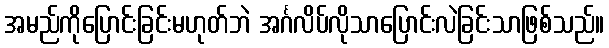
အမည်ကိုပြောင်းခြင်းမဟုတ်ဘဲ အင်္ဂလိပ်လိုသာပြောင်းလဲခြင်းသာဖြစ်သည်။